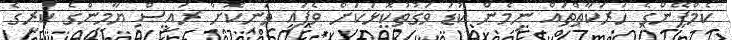
ކެމްޕޭންގެ ހަރަކާތްތައް ނިމެން ކުޑަ ވަގުތުކޮޅަކަށް ވެފައި ވަނިކޮށް ރައީސް ޔާމީންގެ ކުރީގެ